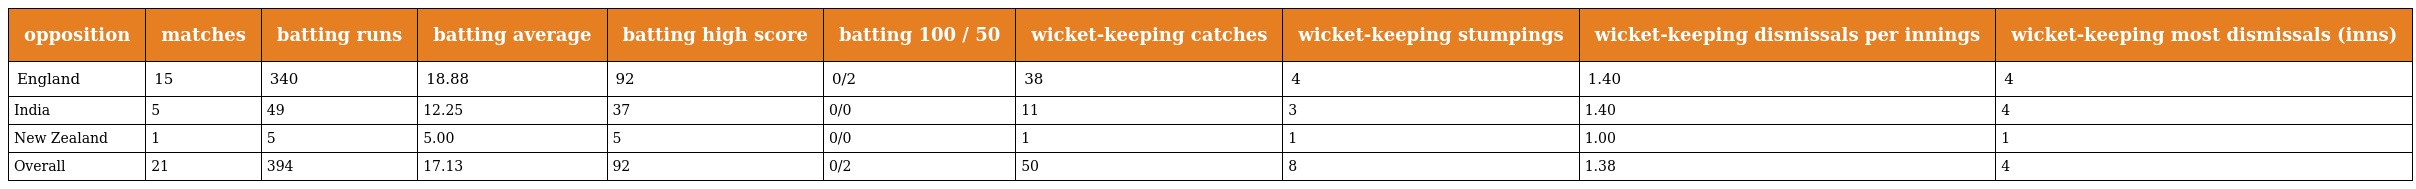
| opposition | matches | batting runs | batting average | batting high score | batting 100 / 50 | wicket-keeping catches | wicket-keeping stumpings | wicket-keeping dismissals per innings | wicket-keeping most dismissals (inns) |
 | --- | --- | --- | --- | --- | --- | --- | --- | --- | --- |
 | England | 15 | 340 | 18.88 | 92 | 0/2 | 38 | 4 | 1.40 | 4 |
 | India | 5 | 49 | 12.25 | 37 | 0/0 | 11 | 3 | 1.40 | 4 |
 | New Zealand | 1 | 5 | 5.00 | 5 | 0/0 | 1 | 1 | 1.00 | 1 |
 | Overall | 21 | 394 | 17.13 | 92 | 0/2 | 50 | 8 | 1.38 | 4 |